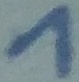
Text: 1